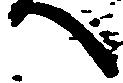
へ